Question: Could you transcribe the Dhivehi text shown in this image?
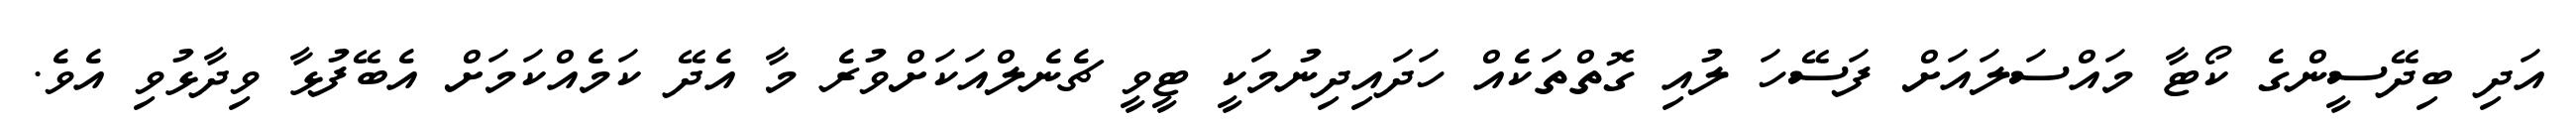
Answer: އަދި ބިދޭސީންގެ ކޯޓާ މައްސަލައަށް ފަސޭހަ ލުއި ގޮތްތަކެއް ހަދައިދިނުމަކީ ޓީވީ ޗެނެލްއަކަށްވުރެ މާ އެދޭ ކަމެއްކަމަށް އެބޭފުޅާ ވިދާޅުވި އެވެ.